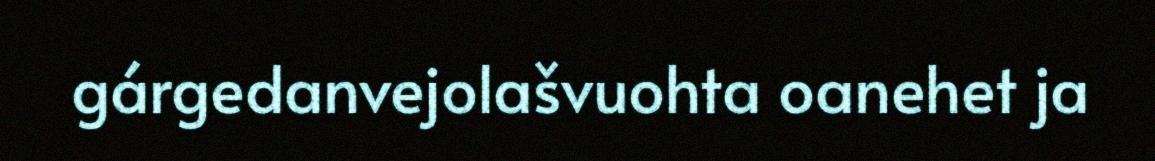
gárgedanvejolašvuohta oanehet ja